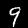
Digit: 9